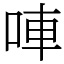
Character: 唓